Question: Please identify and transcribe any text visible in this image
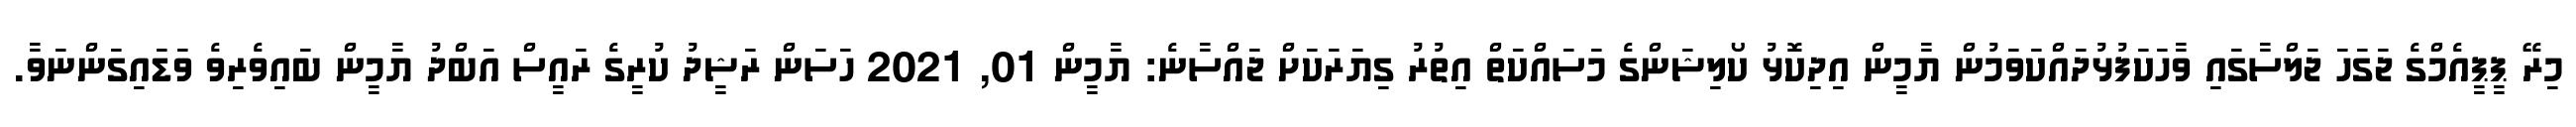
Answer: މިރޭ ޕީޕީއެމްގެ ޖަގަހަ ޖަލްސާގައި ވާހަކަފުޅުދައްކަވަމުން ޔާމީން އިދިކޮޅު ކޯލިޝަންގެ މަސައްކަތް އިތުރު ގިޔަރަކަށް ޖައްސާނެ: ޔާމީން 01, 2021 ހަސަން ރަޝީދު ކުރީގެ ރައީސް އަބްދު ޔާމީން ބައިވެރިވެ ވަޑައިގަންނަވާ.